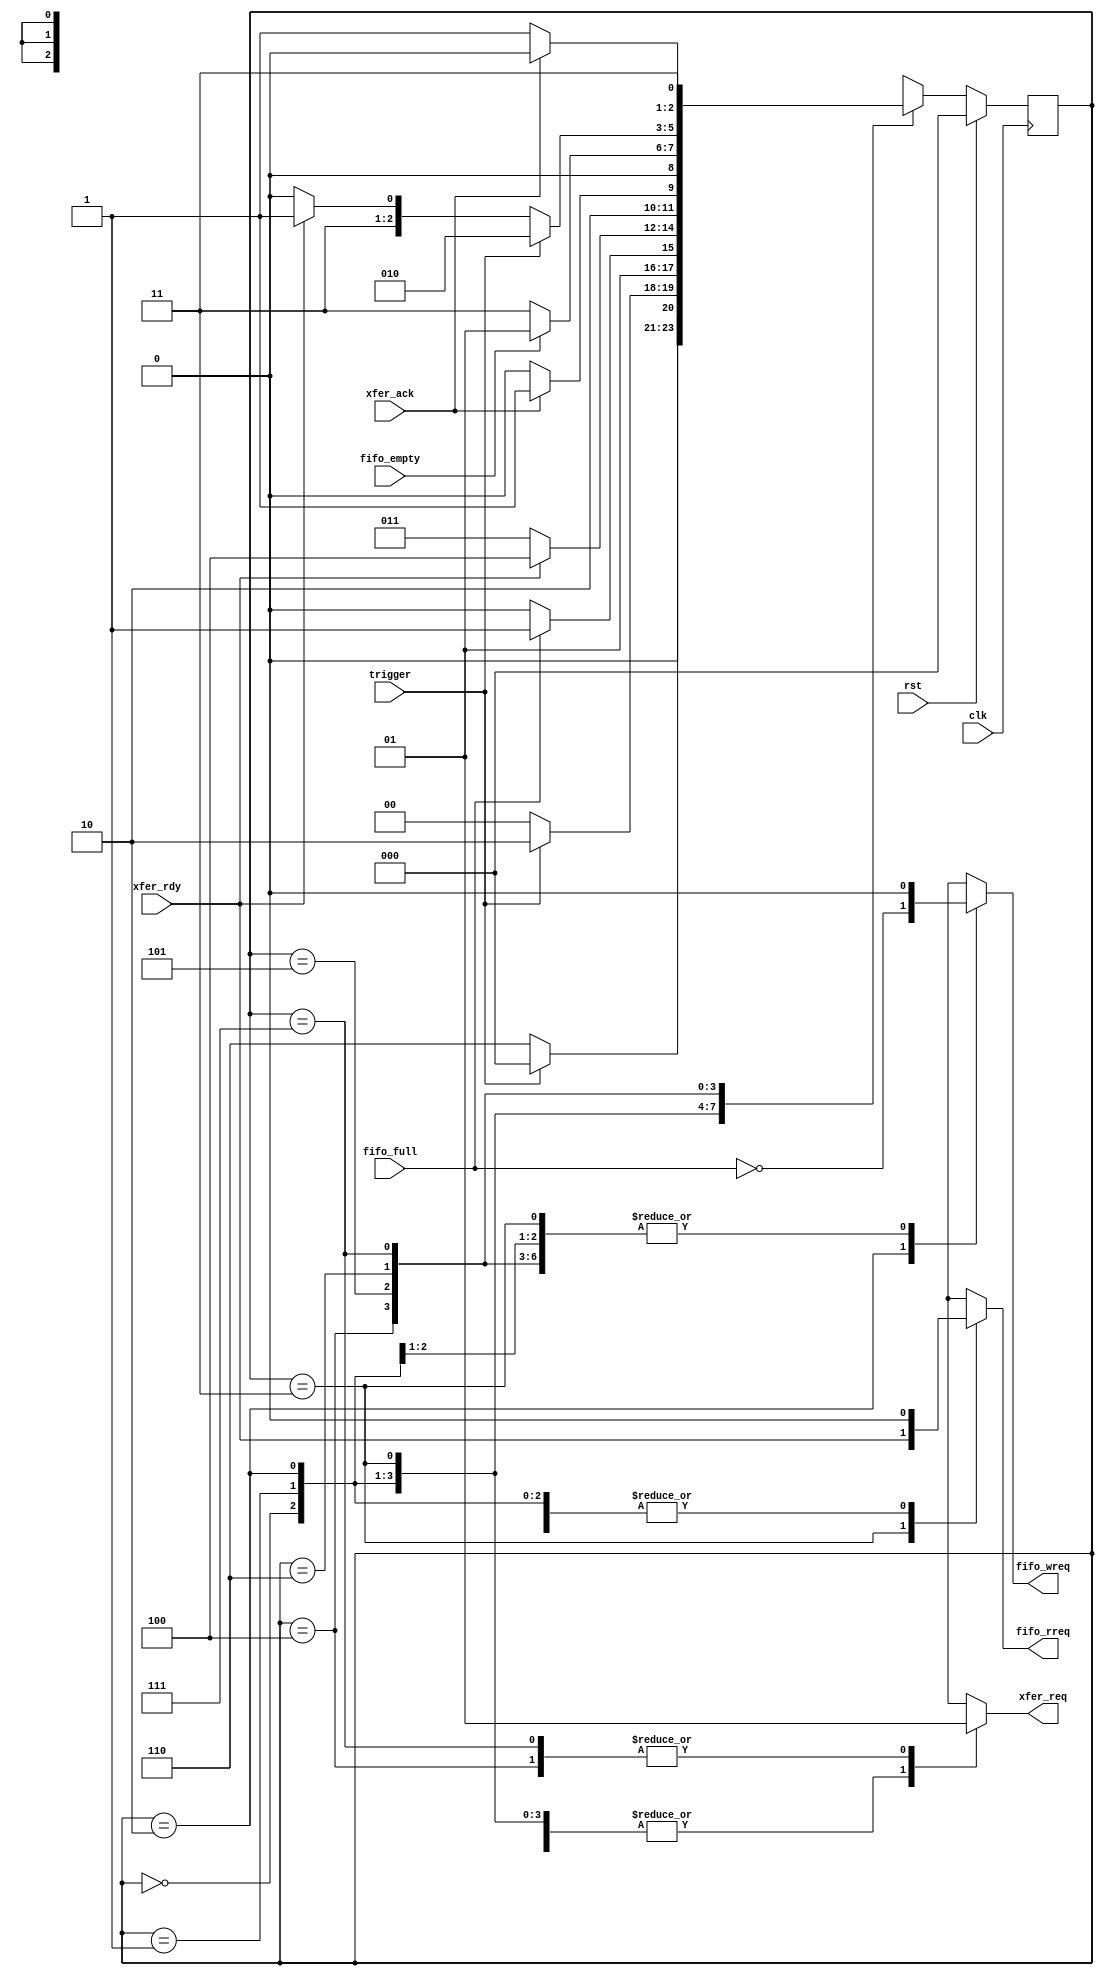
/*
 Spectrum FIFO and NWire_xmit control logic to send captured spectrum FIFO data
 to Ozy via an NWire_xmit

 Kirk Weedman

 Mar. 22, 2009

*/

`timescale 1ns/100ps

module sp_xmit_ctrl (rst, clk, trigger, fifo_full, fifo_empty, fifo_wreq,
                     fifo_rreq, xfer_req, xfer_rdy, xfer_ack);

input  wire        rst;
input  wire        clk;
input  wire        trigger;    // signal from Ozy to get more data
input  wire        fifo_full;  // Spectrum FIFO full flag
input  wire        fifo_empty; // Spectrum FIFO empty flag
output reg         fifo_wreq;  // Spectrum FIFO write request
output reg         fifo_rreq;  // Spectrum FIFO read request - data comes out on next clk
output reg         xfer_req;   // request input to NWire_xmit
input  wire        xfer_rdy;   // NWire_xmit is ready for more data
input  wire        xfer_ack;   // acknowledge the xfer_rdy;

reg  [2:0] sp_state;
reg  [2:0] sp_state_next;

localparam IDLE      = 0,
           TRIG      = 1,
           CAPTURE   = 2,
           SEND_RDY  = 3,
           SEND_REQ  = 4,
           SEND_DONE = 5,
           T_RDY     = 6,
           T_REQ     = 7;


// When Mercury powers up or is reprogrammed, the spectrum data stream of
// 4096 words needs to be resynchronized to Ozy.  To do this, note that the
// trigger signal from Ozy may be high or low but we wont know where in the
// stream we're at.  Therefore we'll feed it data until trigger goes from
// low to high at which point we can change from SYNC to RUN mode.
          
localparam TPD = 1;

always @(posedge clk)
begin
  if (rst)
    sp_state <= #TPD 1'b0;
  else
    sp_state <= #TPD sp_state_next;
end

always @*
begin
  case (sp_state)
    IDLE:
    begin
      fifo_wreq = 1'b0; // no reading/writing to FIFO while getting in synch with trigger
      fifo_rreq = 1'b0;
      xfer_req  = 1'b0;
      if (trigger)
        sp_state_next = IDLE;  // Wait for trigger to go low
      else
        sp_state_next = T_RDY;
    end

    TRIG:  // this is not the first state after reset, IDLE is!
    begin
      fifo_wreq = 1'b0;
      fifo_rreq = 1'b0;
      xfer_req  = 1'b0;
      if (trigger)
        sp_state_next = CAPTURE;
      else
        sp_state_next = IDLE;
    end

    CAPTURE:
    begin
      fifo_wreq = !fifo_full;
      fifo_rreq = 1'b0;
      xfer_req  = 1'b0;
      if (fifo_full)
        sp_state_next = SEND_RDY;
      else
        sp_state_next = CAPTURE;
    end

    SEND_RDY:
    begin
      fifo_wreq = 1'b0;
      fifo_rreq = xfer_rdy; // get 16 bit data from FIFO when in RUN mode
      xfer_req  = 1'b0;
      if (!xfer_rdy)
        sp_state_next = SEND_RDY;  // Wait for NWire_xmit to be ready for more data
      else
        sp_state_next = SEND_REQ;
    end

    SEND_REQ:
    begin
      fifo_wreq = 1'b0;
      fifo_rreq = 1'b0;
      xfer_req  = 1'b1;
      if (!xfer_ack)
        sp_state_next = SEND_REQ;  // Wait for NWire_xmit to acknowledge my request before removing it
      else
        sp_state_next = SEND_DONE;
    end

    SEND_DONE:
    begin
      fifo_wreq = 1'b0;
      fifo_rreq = 1'b0;
      xfer_req  = 1'b0;
      if (!fifo_empty)
        sp_state_next = SEND_RDY; // FIFO still has more data to send via NWire_xmit
      else
        sp_state_next = TRIG; // done transmitting the FIFO data, go wait for next trigger
    end


    // Send data to Ozy until trigger goes high
    T_RDY:
    begin
      fifo_wreq = 1'b0; // no reading/writing to FIFO while getting in synch with trigger
      fifo_rreq = 1'b0;
      xfer_req  = 1'b0;
      if (trigger)
        sp_state_next = CAPTURE;  // trigger just went high so now we're synched.
      else if (!xfer_rdy)
        sp_state_next = T_RDY;  // Wait for NWire_xmit to be ready for more data
      else
        sp_state_next = T_REQ;
    end

    T_REQ:
    begin
      fifo_wreq = 1'b0;
      fifo_rreq = 1'b0;
      xfer_req  = 1'b1; // send data (any value) to Ozy until trigger goes high
      if (!xfer_ack)
        sp_state_next = T_REQ;  // Wait for NWire_xmit to acknowledge my request before removing it
      else
        sp_state_next = T_RDY;
    end


    default:
    begin
      fifo_wreq = 1'b0;
      fifo_rreq = 1'b0;
      xfer_req  = 1'b0;
      sp_state_next = IDLE;
    end
  endcase
end

endmodule